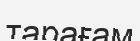
тарағам